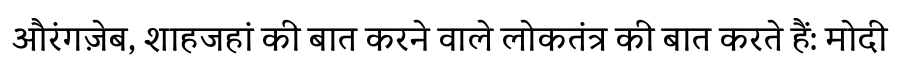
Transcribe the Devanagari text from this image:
औरंगज़ेब, शाहजहां की बात करने वाले लोकतंत्र की बात करते हैं: मोदी